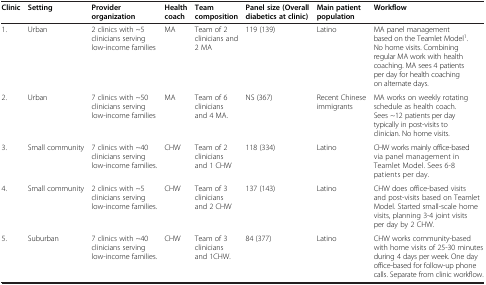
<table><thead><tr><td><b>Clinic</b></td><td><b>Setting</b></td><td><b>Provider organization</b></td><td><b>Health coach</b></td><td><b>Team composition</b></td><td><b>Panel size (Overall diabetics at clinic)</b></td><td><b>Main patient population</b></td><td><b>Workflow</b></td></tr></thead><tbody><tr><td>1.</td><td>Urban</td><td>2 clinics with ~5 clinicians serving low-income families</td><td>MA</td><td>Team of 2 clinicians and 2 MA</td><td>119 (139)</td><td>Latino</td><td>MA panel management based on the Teamlet Model<sup>1</sup>. No home visits. Combining regular MA work with health coaching. MA sees 4 patients per day for health coaching on alternate days.</td></tr><tr><td>2.</td><td>Urban</td><td>7 clinics with ~50 clinicians serving low-income families</td><td>MA</td><td>Team of 6 clinicians and 4 MA.</td><td>NS (367)</td><td>Recent Chinese immigrants</td><td>MA works on weekly rotating schedule as health coach. Sees ~12 patients per day typically in post-visits to clinician. No home visits.</td></tr><tr><td>3.</td><td>Small community</td><td>7 clinics with ~40 clinicians serving low-income families.</td><td>CHW</td><td>Team of 2 clinicians and 1 CHW</td><td>118 (334)</td><td>Latino</td><td>CHW works mainly office-based via panel management in Teamlet Model. Sees 6-8 patients per day.</td></tr><tr><td>4.</td><td>Small community</td><td>2 clinics with ~5 clinicians serving low-income families.</td><td>CHW</td><td>Team of 3 clinicians and 2 CHW</td><td>137 (143)</td><td>Latino</td><td>CHW does office-based visits and post-visits based on Teamlet Model. Started small-scale home visits, planning 3-4 joint visits per day by 2 CHW.</td></tr><tr><td>5.</td><td>Suburban</td><td>7 clinics with ~40 clinicians serving low-income families.</td><td>CHW</td><td>Team of 3 clinicians and 1CHW.</td><td>84 (377)</td><td>Latino</td><td>CHW works community-based with home visits of 25-30 minutes during 4 days per week. One day office-based for follow-up phone calls. Separate from clinic workflow.</td></tr></tbody></table>